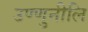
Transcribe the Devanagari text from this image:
उण्णुनीलि